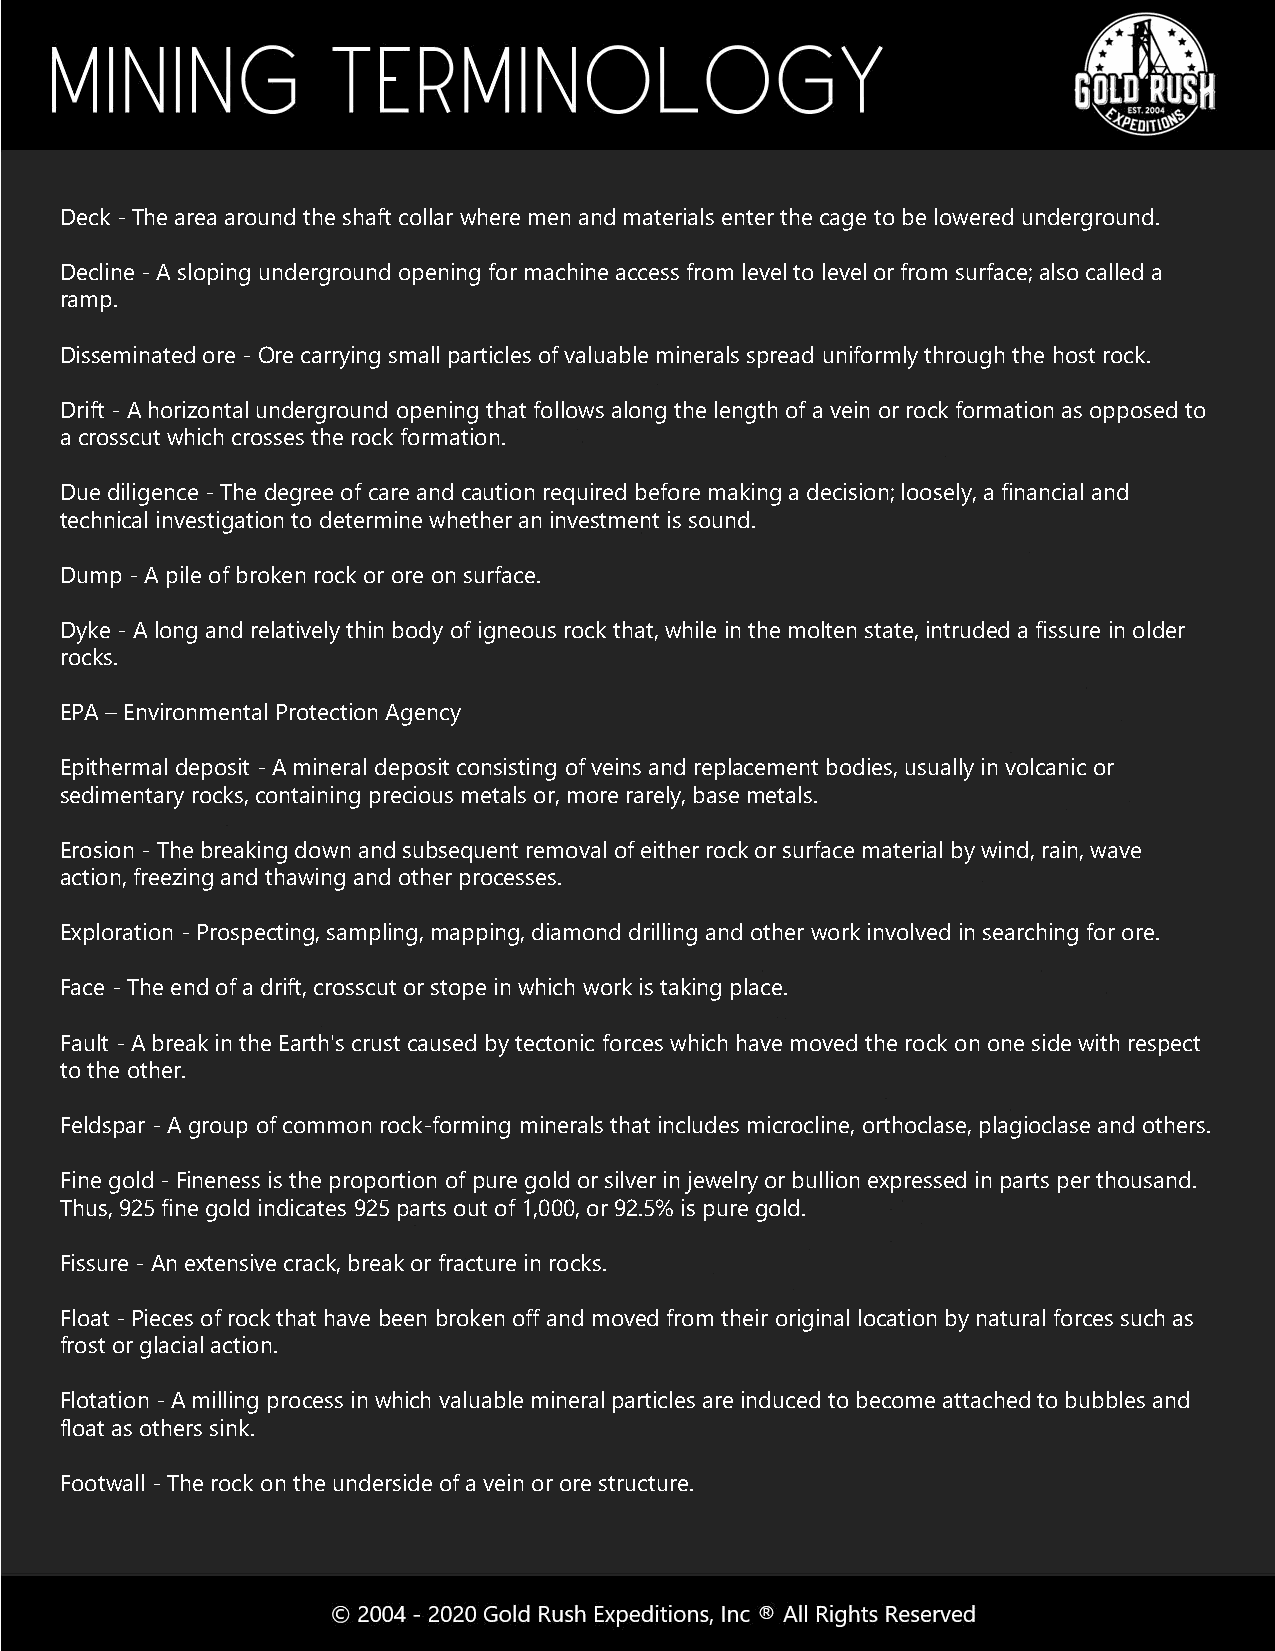
Deck -The area around the shaft collar where men and materials enter the cage to be lowered underground.
 Decline -A sloping underground opening for machine access from level to level or from surface; also called a
 ramp.
 Disseminated ore - Ore carrying small particles of valuable minerals spread uniformly through the host rock.
 Drift - A horizontal underground opening that follows along the length of a vein or rock formation as opposed to
 a crosscut which crosses the rock formation.
 Due diligence - The degree of care and caution required before making a decision; loosely, a financial and
 technical investigation to determine whether an investment is sound.
 Dump -A pile of broken rock or ore on surface.
 Dyke - A long and relatively thin body of igneous rock that, while in the molten state, intruded a fissure in older
 rocks.
 EPA –Environmental Protection Agency
 Epithermal deposit - A mineral deposit consisting of veins and replacement bodies, usually in volcanic or
 sedimentary rocks, containing precious metals or, more rarely, base metals.
 Erosion -The breaking down and subsequent removal of either rock or surface material by wind, rain, wave
 action, freezing and thawing and other processes.
 Exploration - Prospecting, sampling, mapping, diamond drilling and other work involved in searching for ore.
 Face - The end of a drift, crosscut or stope in which work is taking place.
 Fault -A break in the Earth's crust caused by tectonic forces which have moved the rock on one side with respect
 to the other.
 Feldspar -A group of common rock-forming minerals that includes microcline, orthoclase, plagioclase and others.
 Fine gold -Fineness is the proportion of pure gold or silver in jewelry or bullion expressed in parts per thousand.
 Thus, 925 fine gold indicates 925 parts out of 1,000, or 92.5% is pure gold.
 Fissure -An extensive crack, break or fracture in rocks.
 Float -Pieces of rock that have been broken off and moved from their original location by natural forces such as
 frost or glacial action.
 Flotation - A milling process in which valuable mineral particles are induced to become attached to bubbles and
 float as others sink.
 Footwall -The rock on the underside of a vein or ore structure.